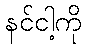
နင်ငါ့ကို